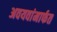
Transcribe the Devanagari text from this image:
अवयवांमार्फत